Annual statistical returns and brief notes on vaccination in Bengal - 1896-1909
Year: 1896
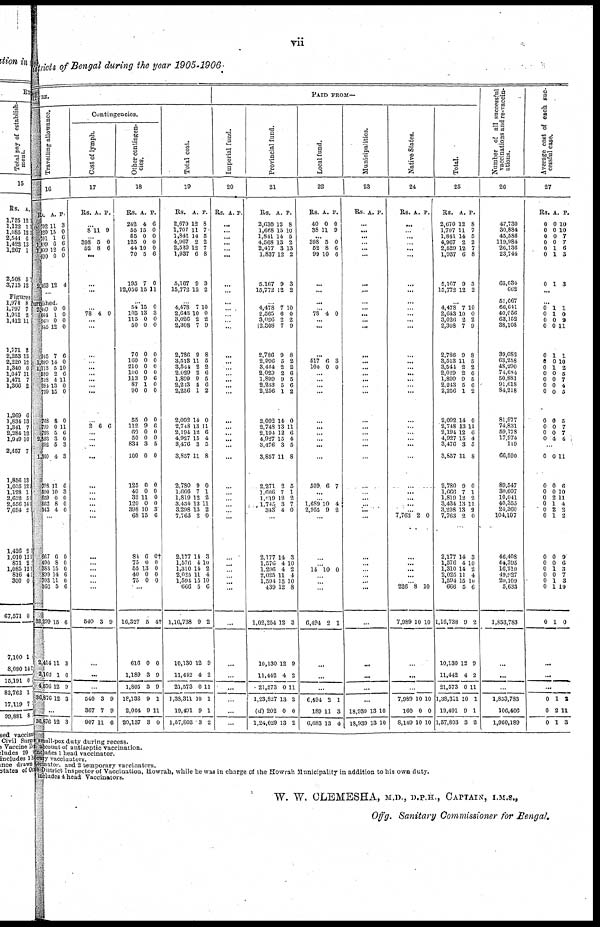
vii
Districts of Bengal during the year 1905-1906.
ITURE
Travelling allowance.
16
Rs.
702
520
701
1,809
1,009
600
2,463
A.
11
15
1
6
12
0
12
P.
3
0
6
6
6
0
4
...
furnished.
2,409
664
960
845
915
1,099
1,113
589
738
681
799
768
799
793
2,593
692
1,300
798
590
659
662
343
0
1
0
12
7
14
5
2
4
13
15
8
0
5
3
5
4
11
10
0
8
4
0
0
0
0
6
0
10
6
11
0
0
0
11
6
0
3
3
6
3
0
0
0
...
667
490
383
888
703
366
32,299
2,414
2,162
4,576
36,876
6
8
15
14
11
5
15
11
1
12
12
0
0
0
6
0
0
6
3
6
9
3
...
36,876 12 3
Contingencies.
Cost of lymph.
17
Rs. A. P.
...
8 11 9
...
398
52
5
8
0
6
...
...
...
...
...
78 4 0
...
...
...
...
... ...
...
...
...
...
2 6 6
... ...
...
...
...
...
...
...
...
...
...
...
...
...
...
...
540 3 9
...
...
...
540
367
907
3
7
11
9
9
6
Other contingen-
cies.
18
Rs.
242
55
55
125
44
70
105
12,056
A.
4
15
0
0
10
5
7
15
P.
6
0
0
0
0
6
0
11
...
54
103
115
50
70
160
210
100
113
87
90
55
112
69
50
834
100
125
40
32
120
398
68
84
75
55
40
75
15
13
0
0
0
0
0
0
9
1
0
0
9
0
0
3
0
0
0
11
0
10
15
6
0
13
0
0
0
3
0
0
0
0
0
0
6
0
0
0
6
0
0
5
0
0
0
0
0
3
6
0†
0
0
0
0
...
16,327
616
1,189
1,805
18,132
2,004
20,137
5
0
3
3
9
9
3
4†
0
9
9
1
11
0
Total cost.
19
Rs.
2,670
1,707
1,841
4,967
2,529
1,937
5,167
15,772
A.
12
11
14
2
12
6
9
12
P.
8
7
5
2
7
8
3
2
...
4,478
2,643
3,026
2,308
2,786
3,513
3,544
2,029
1,899
2,243
2,256
2,092
2,743
2,194
4,927
3,476
3,857
2,780
1,666
1,819
3,434
3,298
7,763
2,177
l,576
1,310
2,025
1,594
666
1,16,738
10,130
11,442
21,573
1,38,311
19,491
1,57,803
7
10
2
7
9
11
2
2
9
5
1
14
13
12
15
3
11
9
7
12
13
13
2
14
4
14
11
15
5
9
12
4
0
10
9
3
10
0
2
9
8
5
2
6
5
6
2
0
11
6
4
5
8
0
1
2
11
2
0
3
10
2
4
10
6
2
9
2
11
1
1
2
PAID FROM—
Imperial fund.
20
Rs. A. P.
...
...
...
...
...
...
...
...
...
...
...
...
...
...
...
...
...
...
...
...
...
...
... ...
...
...
...
...
...
...
...
...
...
...
...
...
...
...
...
...
...
...
...
...
...
Provincial fund.
21
Rs.
2,630
1,668
1,841
4,568
2,477
1,837
5,167
15,772
A.
12
15
14
13
3
12
9
12
P.
8
10
5
2
13
2
3
2
...
4,478
2,565
3,026
2,308
2,786
2,996
3,444
2,029
1,899
2,213
2,256
2,092
2,748
2,194
4,927
3,476
3,857
2,271
1,666
1,019
1,745
343
7
6
2
7
9
5
2
2
9
5
1
14
13
12
15
3
11
2
7
12
3
4
10
0
2
9
8
2
2
6
5
6
2
0
11
6
4
5
8
5
1
2
7
0
...
2,177
1,576
1,296
2,025
1,594
439
1,02,254
10,130
11,442
21,573
1,23,827
(d) 202
1,24,029
14
4
4
11
15
12
12
12
4
0
13
0
13
3
10
2
4
10
8
3
9
2
11
2
0
2
Local fund.
22
Rs.
40
38
A.
0
11
P.
0
9
...
398
52
99
5
8
10
0
6
6
...
...
...
...
78 4 0
...
...
...
517
100
6
0
3
0
...
...
...
...
...
...
...
...
...
...
509 6 7
...
...
1,689
2,955
10
9
4
2
...
...
...
14 10 0
...
...
...
6,494 2 1
...
...
...
6,494
189
6,683
2
11
13
1
3
4
Municipalities.
23
Rs. A. P.
...
...
...
...
...
...
...
...
...
...
...
...
...
...
...
...
...
...
...
...
...
...
...
...
...
...
...
...
...
...
...
...
...
...
...
...
...
...
...
...
...
...
...
18,939
18,939
13
13
10
10
Native States.
24
Rs. A. P.
...
...
...
...
...
...
...
...
...
...
...
...
...
...
...
...
...
...
...
...
...
...
...
...
...
...
...
...
...
...
...
7,763 2 0
...
...
...
...
...
226
7,989
8
10
10
10
...
...
...
7,989
160
8,149
10
0
10
10
0
10
Total.
25
Rs.
2,670
1,707
1,841
4,967
2,529
1,937
5,167
15,772
A.
12
11
14
2
12
6
9
12
P.
8
7
5
2
7
8
3
2
...
4,478
2,643
3,026
2,308
2,786
3,513
3,544
2,029
1,899
2,243
2,256
2,092
2,748
2,194
4,927
3,476
3,857
2,780
1,666
1,819
3,434
3,298
7,763
2,177
1,576
1,310
2,025
1,594
666
1,16,738
10,130
11,442
21,573
1,38,311
19,491
1,57,803
7
10
2
7
9
11
2
2
9
5
1
14
13
12
15
3
11
9
7
12
13
13
2
14
4
14
11
15
5
9
12
4
0
10
9
3
10
0
2
9
8
5
2
6
5
6
2
0
11
6
4
5
8
0
1
2
11
2 0
3
10
2
4
10
6
2
9
2
11
1
1
2
Number of all successful
vaccinations and re-vaccin-
ations.
26
47,730
30,884
45,586
119,984
26,136
23,744
65,034
662
51,667
66,641
40,056
63,152
38,108
39,082
63,258
48,290
74,684
50,881
91,618
84,218
81,977
74,831
59,178
17,974
119
66,590
89,547
30,607
10,041
40,355
24,360
104,107
46,408
44,395
16,210
49,927
20,109
5,633
1,853,783
...
...
...
1,853,783
106,406
1,960,189
Average cost of each suc-
cessful case.
27
Rs.
0
0
0
0
0
0
0
A.
0
0
0
0
1
1
1
P.
10
10
7
7
6
3
3
...
...
0
0
0
0
0
0 0
0
0
0
0
0
0
0
0
1
1
0
0
1
0
1
0
0
0
0
0
0
0
4
1
0
9
11
1
10
2
5
7
4
5
5
7
7
4
...
0
0
0
0
0
0
0
0
0
0
0
0
0
0
0
0
0
2
1
2
1
0
0
1
0
1
1
1
11
6
10
11
4
2
2
9
6
3
7
3
10
0
...
...
...
0
0
0
1
2
1
2
11
3
small-pox duty during recess.
account of antiseptic vaccination.
includes 1 head vaccinator.
rary vaccinators.
ccinator, and 2 temporary vaccinators.
e District Inspector of Vaccination, Howrah, while he was in charge of the Howrah Municipality in addition to his own duty.
includes 4 head Vaccinators.
W. W. CLEMESHA, M.D., D.P.H., CAPTAIN, I.M.S.,
Offg. Sanitary Commissioner for Bengal.